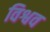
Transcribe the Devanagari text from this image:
विश्वव